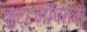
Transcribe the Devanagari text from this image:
कुट्टनीपतम्